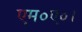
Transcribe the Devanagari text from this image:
एम०ए०।